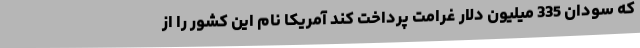
که سودان 335 میلیون دلار غرامت پرداخت کند آمریکا نام این کشور را از